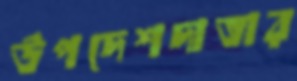
উপদেশদাতার